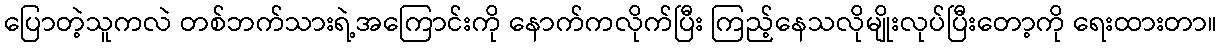
ပြောတဲ့သူကလဲ တစ်ဘက်သားရဲ့အကြောင်းကို နောက်ကလိုက်ပြီး ကြည့်နေသလိုမျိုးလုပ်ပြီးတော့ကို ရေးထားတာ။